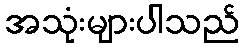
အသုံးများပါသည်